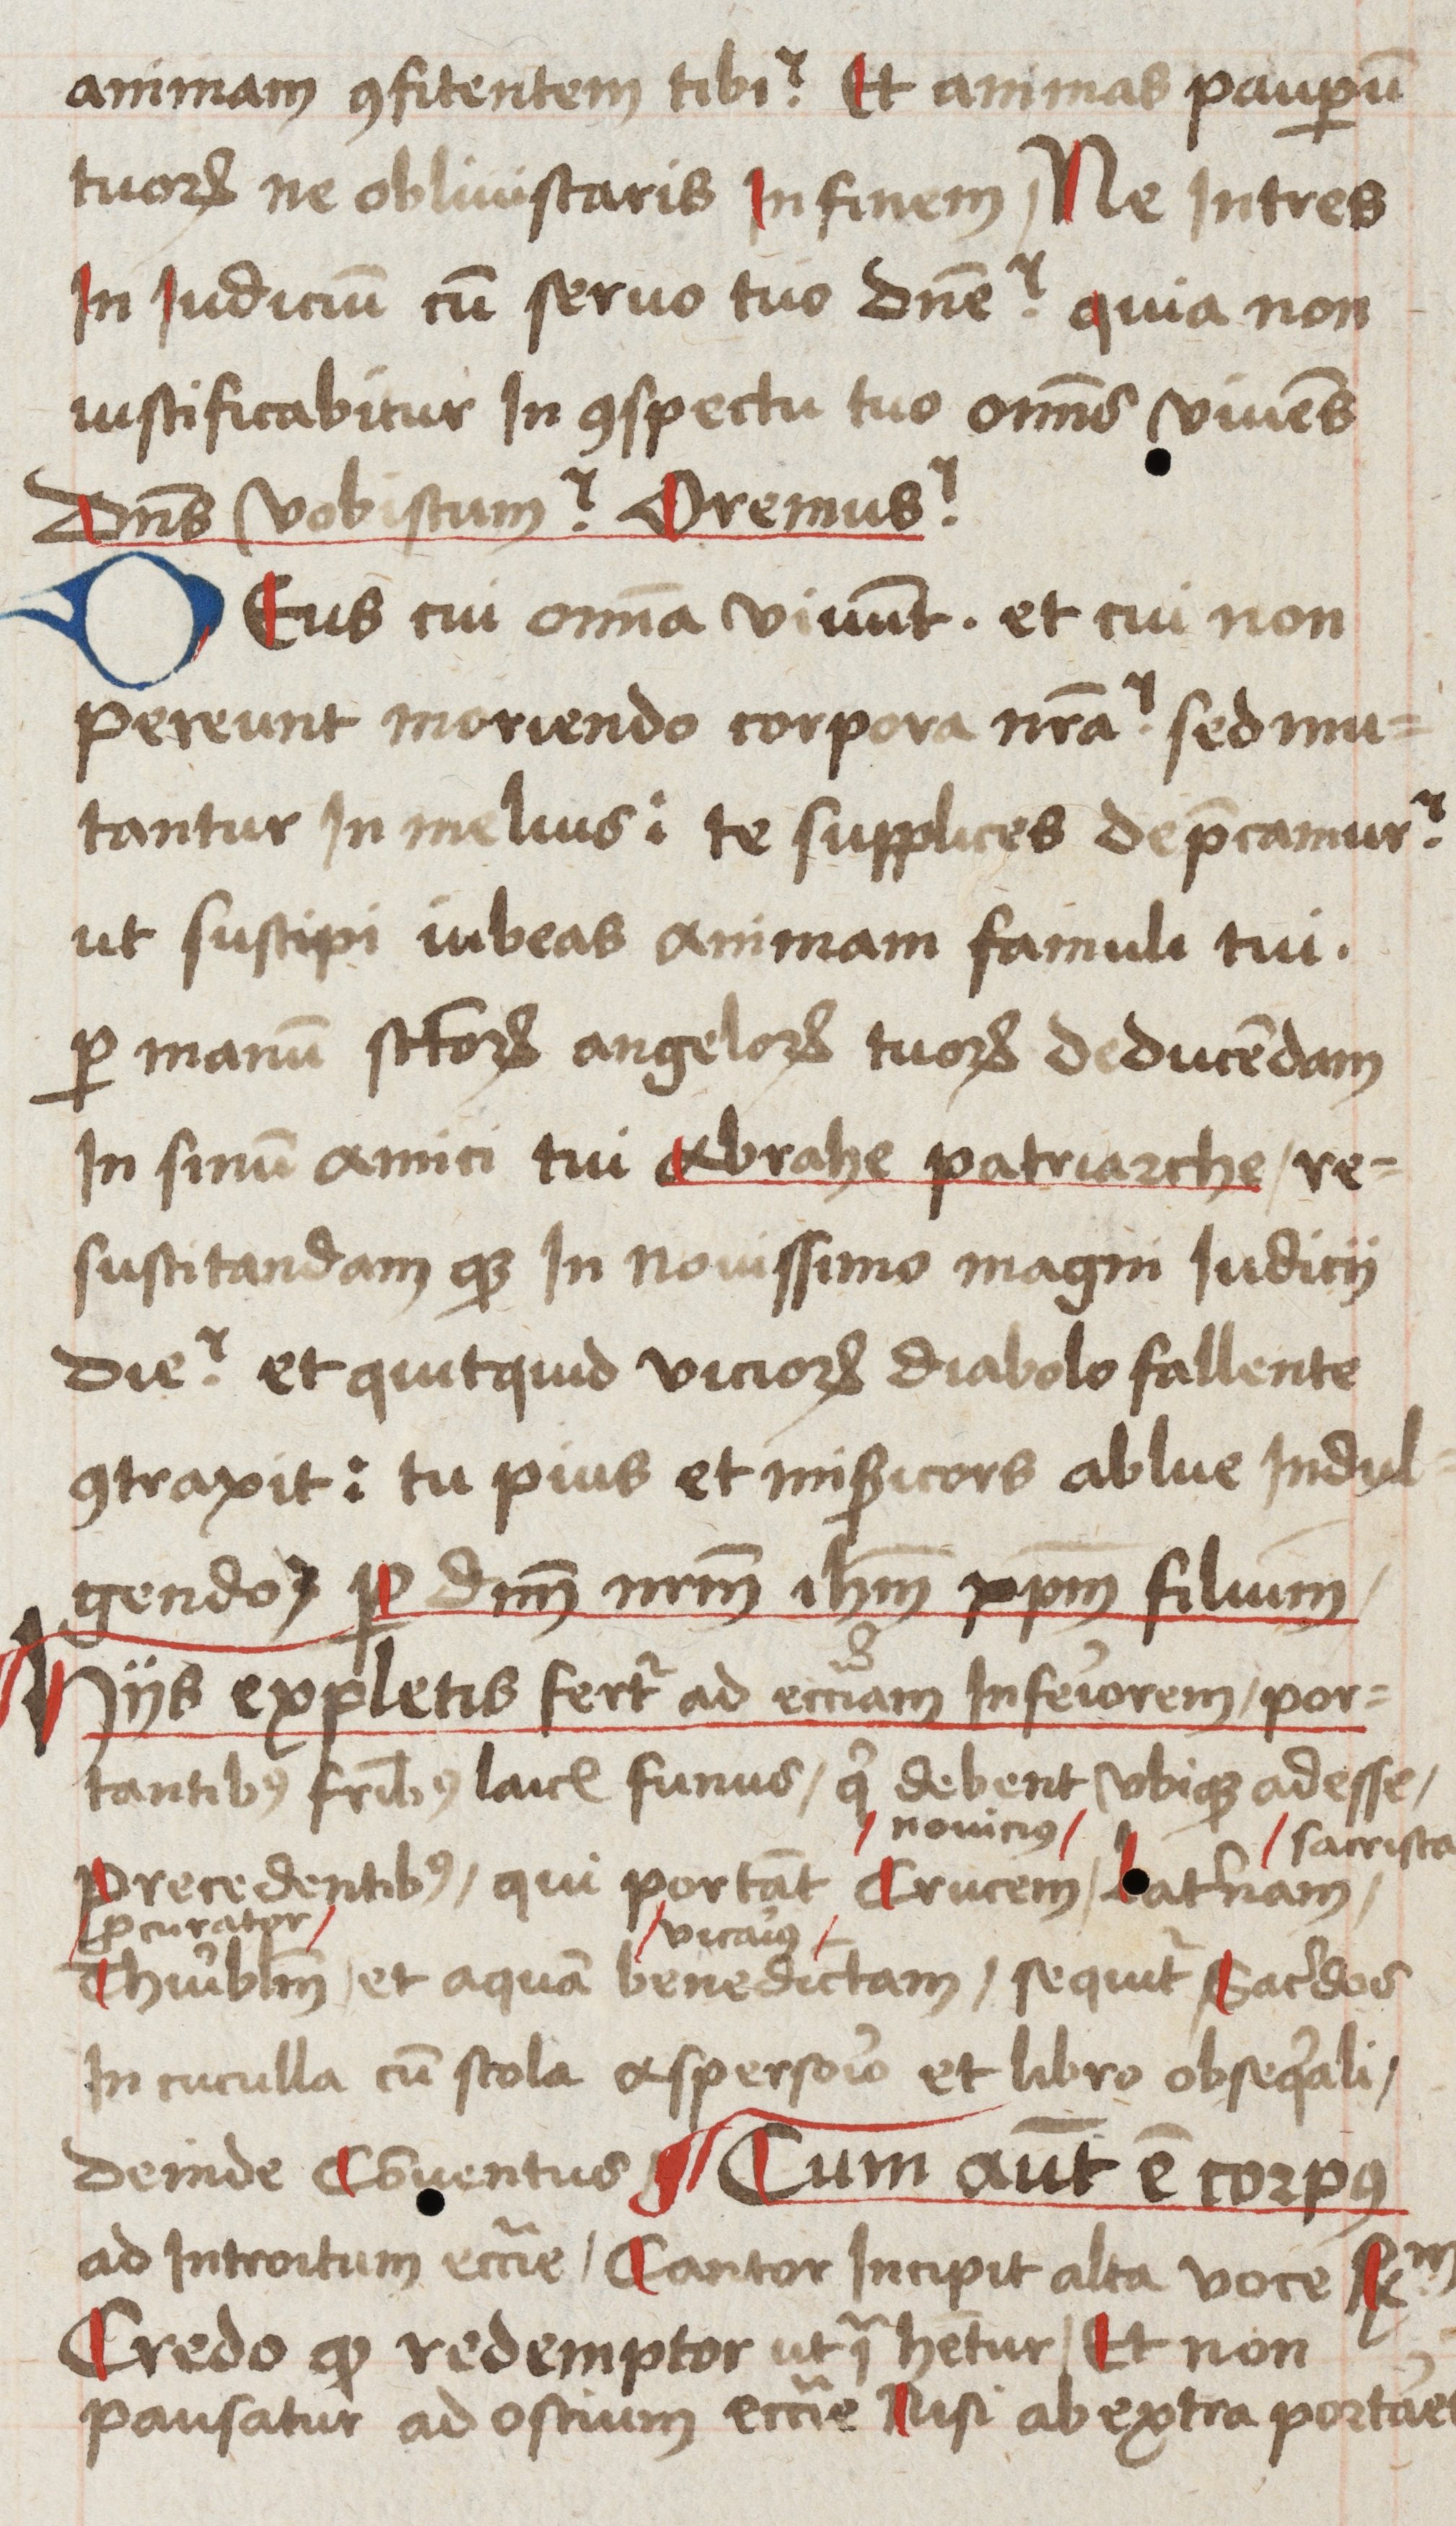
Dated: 1485–1515